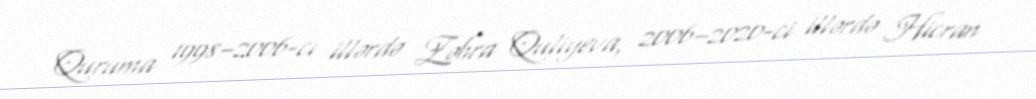
Quruma 1998–2006-cı illərdə Zəhra Quliyeva, 2006–2020-ci illərdə Hicran